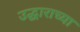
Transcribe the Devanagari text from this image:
उद्धाराच्या